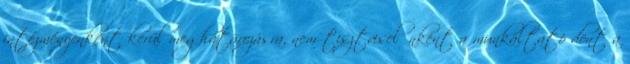
intézményenként kerül meghatározásra, nem tisztviselőnként a munkáltató dönt a